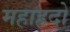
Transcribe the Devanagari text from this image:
महाह्रदो